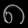
Digit: ၈